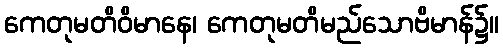
ကေတုမတိဝိမာနေ၊ ကေတုမတိမည်သောဗိမာန်၌။